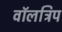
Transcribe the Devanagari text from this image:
वॉलट्रिप